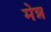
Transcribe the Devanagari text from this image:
मेन्न